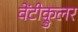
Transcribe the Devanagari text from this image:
वेंटीक्रुलर